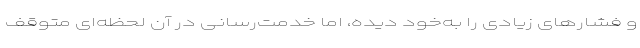
و فشارهای زیادی را به‌خود دیده، اما خدمت‌رسانی در آن لحظه‌ای متوقف